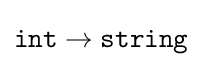
{\texttt {int}}\rightarrow {\texttt {string}}